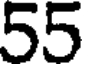
55